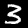
Digit: 3